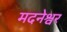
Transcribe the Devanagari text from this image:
मदनेश्वर